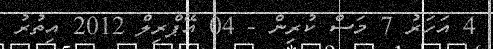
4 އަހަރު 7 މަސް ކުރިން - 04 އޭޕްރިލް 2012 އިތުރު